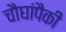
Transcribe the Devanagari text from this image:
चौघांपैकी